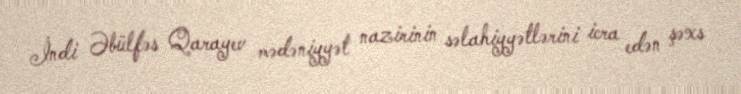
İndi Əbülfəs Qarayev mədəniyyət nazirinin səlahiyyətlərini icra edən şəxs